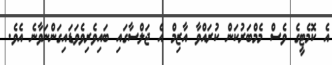
އެ ކޮމެޓީގެ ވެސް މެމްބަރުކަން ކުރައްވާ އާޒިމް އެ ޖަލްސާގައި ބައިވެރިވެވަޑައިގަންނަވާނެ އެވެ.